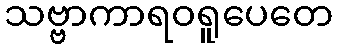
သဗ္ဗာကာရဝရူပေတေ